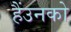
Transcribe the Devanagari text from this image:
हैंउनको